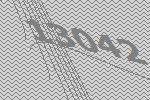
13042